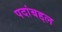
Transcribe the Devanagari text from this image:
पदांबद्दल